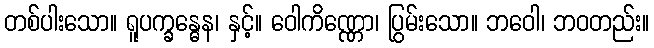
တစ်ပါးသော။ ရူပက္ခန္ဓေန၊ နှင့်။ ဝေါကိဏ္ဏော၊ ပြွမ်းသော။ ဘဝေါ၊ ဘဝတည်း။